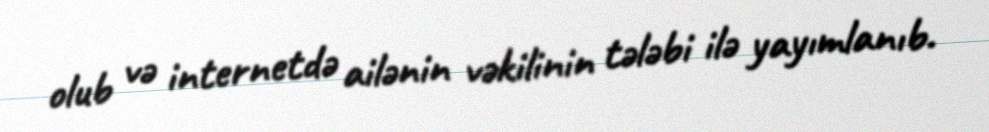
olub və internetdə ailənin vəkilinin tələbi ilə yayımlanıb.